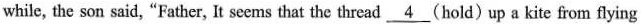
while, the son said, "Father, It seems that the thread \underline{4} (hold) up a kite from flying